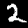
Digit: 2